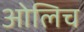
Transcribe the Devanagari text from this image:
ओलिच